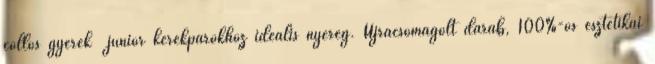
collos gyerek junior kerékpárokhoz ideális nyereg. Újracsomagolt darab, 100%-os esztétikai